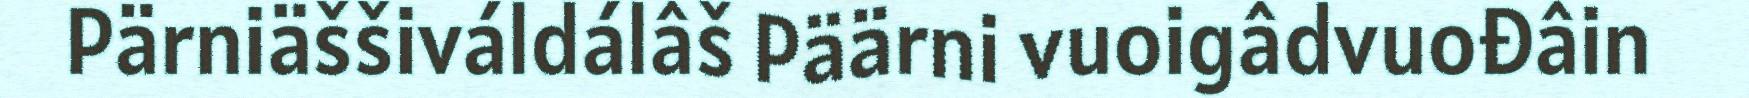
Pärniäššiváldálâš Päärni vuoigâdvuođâin